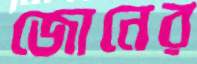
জোনের